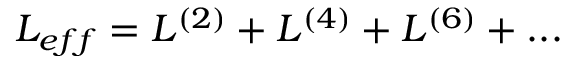
{ \cal L } _ { e f f } = { \cal L } ^ { ( 2 ) } + { \cal L } ^ { ( 4 ) } + { \cal L } ^ { ( 6 ) } + . . .